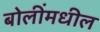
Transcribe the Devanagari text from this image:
बोलींमधील